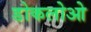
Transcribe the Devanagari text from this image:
डोकलोओ